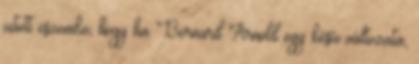
jutott eszembe, hogy ha Bernard Arnold egy késői változata,